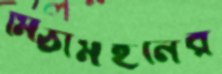
মিঠামইনের